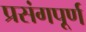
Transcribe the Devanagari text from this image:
प्रसंगपूर्ण